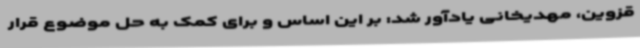
قزوین، مهدیخانی یادآور شد: بر این اساس و برای کمک به حل موضوع قرار